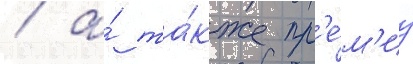
/ а́ та́кже пр'е́м'иу